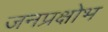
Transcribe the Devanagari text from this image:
जनप्रक्षोभ